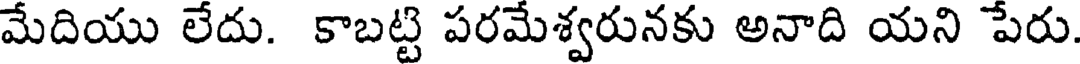
మేదియు లేదు. కాబట్టి పరమేశ్వరునకు అనాది యని పేరు